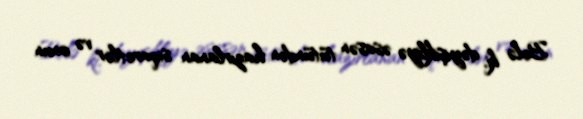
Belə ki, dəyişikliyə əsasən tütündən hazırlanan siqaretlər və onun